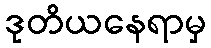
ဒုတိယနေရာမှ